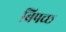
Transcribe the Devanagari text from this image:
बिपच्छ